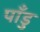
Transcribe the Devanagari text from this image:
पाँडु